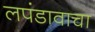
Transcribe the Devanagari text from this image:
लपंडावाचा